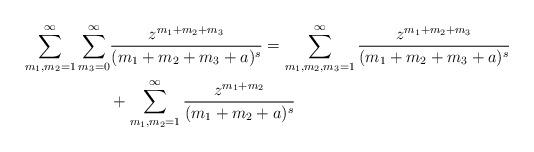
LaTeX: \begin{align*}\begin{aligned}\sum_{m_1,m_2=1}^\infty\sum_{m_3=0}^\infty&\frac{z^{m_1+m_2+m_3}}{(m_1+m_2+m_3+a)^{s}}=\sum_{m_1,m_2,m_3=1}^\infty\frac{z^{m_1+m_2+m_3}}{(m_1+m_2+m_3+a)^{s}} \\&+\sum_{m_1,m_2=1}^\infty\frac{z^{m_1+m_2}}{(m_1+m_2+a)^{s}}\end{aligned}\end{align*}